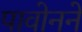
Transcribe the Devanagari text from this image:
पावोनने